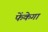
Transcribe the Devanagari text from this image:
फेंकेगा